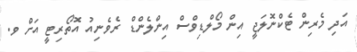
އަދި މެރިން ޓެކްނޮލަޖީ އިން މޯލްޑިވްސް އިންލެންޑް ރެވެނިއު އޮތޯރިޓީ އަށް ވ.